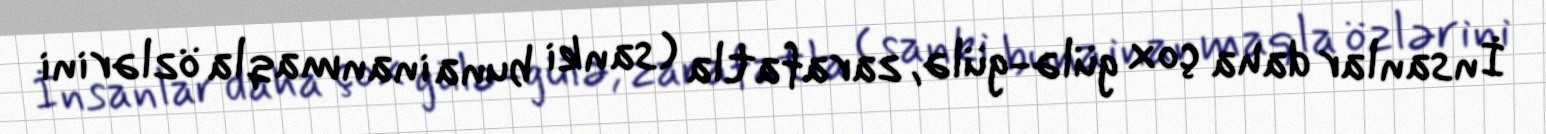
İnsanlar daha çox gülə-gülə, zarafatla (sanki buna inanmaqla özlərini